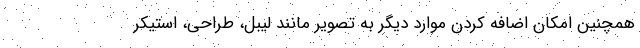
همچنین امکان اضافه کردن موارد دیگر به تصویر مانند لیبل، طراحی، استیکر